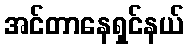
အင်တာနေရှင်နယ်